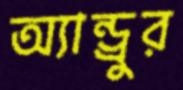
অ্যান্ড্রুর